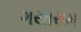
ગયારામ